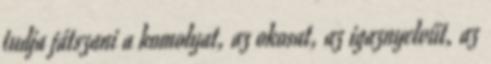
tudja játszani a komolyat, az okosat, az igaznyelvűt, az